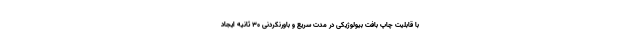
با قابلیت چاپ بافت بیولوژیکی در مدت سریع و باورنکردنی ۳۰ ثانیه ایجاد